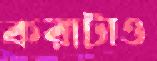
করাটাও